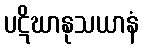
ပဋိဃာနုသယာနံ